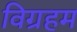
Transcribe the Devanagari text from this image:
विग्रहम